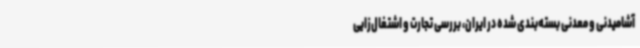
آشامیدنی و معدنی بسته‌بندی شده در ایران، بررسی تجارت و اشتغال‌زایی